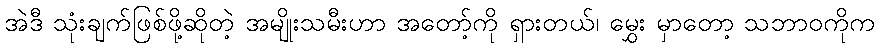
အဲဒီ သုံးချက်ဖြစ်ဖို့ဆိုတဲ့ အမျိုးသမီးဟာ အတော့်ကို ရှားတယ်၊ မွှေး မှာတော့ သဘာဝကိုက